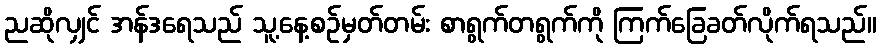
ညဆိုလျှင် အန်ဒရေသည် သူ့နေ့စဉ်မှတ်တမ်း စာရွက်တရွက်ကို ကြက်ခြေခတ်လိုက်ရသည်။